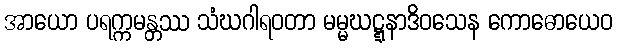
အာယော ပရက္ကမန္တဿ သံဃဂါရဝတာ မမ္မဃဋ္ဋနာဒိဝသေန ကောဓောယေဝ